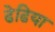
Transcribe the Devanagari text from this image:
ढेढिया